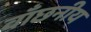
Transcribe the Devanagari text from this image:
वाँछनीय